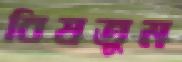
বিষতুম